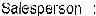
SALESPERSON: